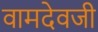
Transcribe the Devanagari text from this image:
वामदेवजी